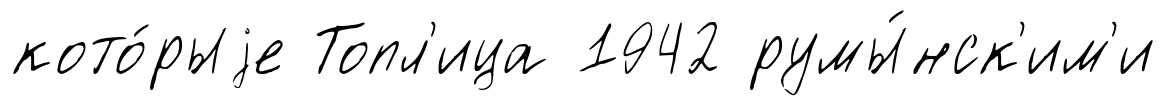
кото́рыjе Топл'ица 1942 румы́нск'им'и